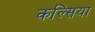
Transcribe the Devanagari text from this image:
कल्सिया